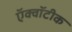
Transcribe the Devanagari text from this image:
ऍक्वॉटीक